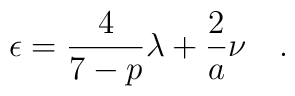
\epsilon = \frac{4}{7-p} {\lambda} + \frac{2}{a} \nu \quad .